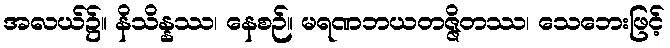
အလယ်၌။ နိသိန္နဿ၊ နေစဉ်။ မရဏဘယတဇ္ဇိတဿ၊ သေဘေးဖြင့်